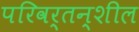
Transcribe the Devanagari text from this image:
परिवर्तन्शील